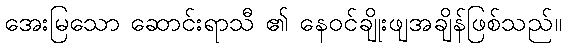
အေးမြသော ဆောင်းရာသီ ၏ နေဝင်ချိုးဖျအချိန်ဖြစ်သည်။